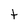
Character: t